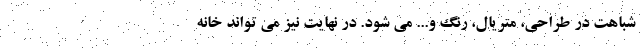
شباهت در طراحی، متریال، رنگ و... می شود. در نهایت نیز می تواند خانه